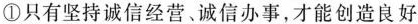
①只有坚持诚信经营﹑诚信办事，才能创造良好